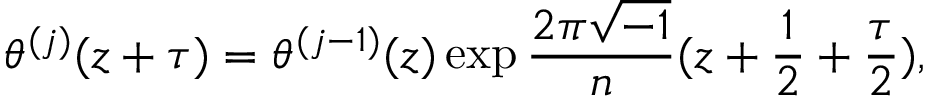
\theta ^ { ( j ) } ( z + \tau ) = \theta ^ { ( j - 1 ) } ( z ) \exp \frac { 2 \pi \sqrt { - 1 } } { n } ( z + \frac { 1 } { 2 } + \frac { \tau } { 2 } ) ,